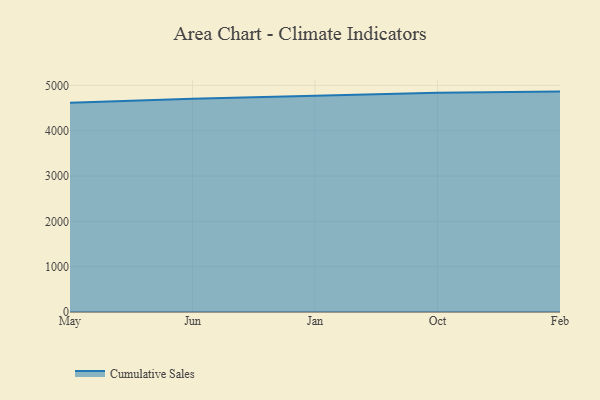
{"axis": {"x": "Month", "y": "Active Users"}, "legend": ["Cumulative Sales"], "data": [{"x": "May", "y": 4616.8, "type": "Cumulative Sales"}, {"x": "Jun", "y": 4706.0, "type": "Cumulative Sales"}, {"x": "Jan", "y": 4771.3, "type": "Cumulative Sales"}, {"x": "Oct", "y": 4837.3, "type": "Cumulative Sales"}, {"x": "Feb", "y": 4863.3, "type": "Cumulative Sales"}]}